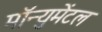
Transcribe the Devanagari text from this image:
मॉन्युमेंटल